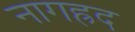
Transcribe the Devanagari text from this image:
नागह्रद